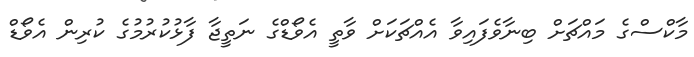
މާކްސްގެ މައްޗަށް ބިނާވެފައިވާ އެއްޗަކަށް ވާތީ އެވޯޑްގެ ނަތީޖާ ފާޅުކުރުމުގެ ކުރިން އެވޯޑް